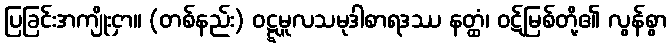
ပြခြင်းအကျိုးငှာ။ (တစ်နည်း) ဝဋ္ဋမူလသမုဒါစာရဒဿ နတ္ထံ၊ ဝဋ်မြစ်တို့၏ လွန်စွာ